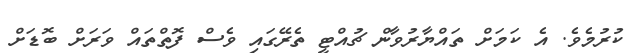
ކުރުމެވެ. އެ ކަމަށް ތައްޔާރުވާން ޗުއްޓީ ތެރޭގައި ވެސް ފޮތްތައް ވަރަށް ބޮޑަށް